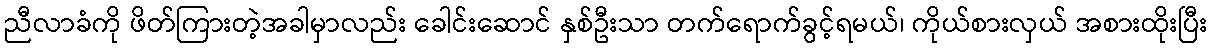
ညီလာခံကို ဖိတ်ကြားတဲ့အခါမှာလည်း ခေါင်းဆောင် နှစ်ဦးသာ တက်ရောက်ခွင့်ရမယ်၊ ကိုယ်စားလှယ် အစားထိုးပြီး